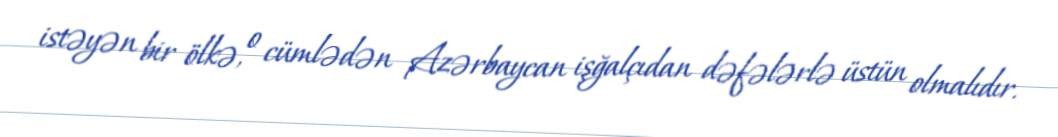
istəyən bir ölkə, o cümlədən Azərbaycan işğalçıdan dəfələrlə üstün olmalıdır.